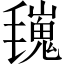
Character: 𣰏